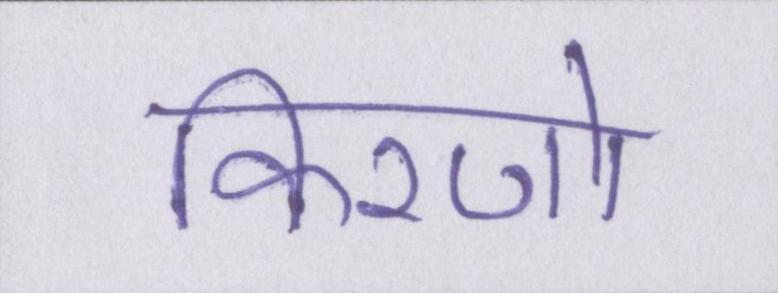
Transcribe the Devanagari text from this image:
किरणो